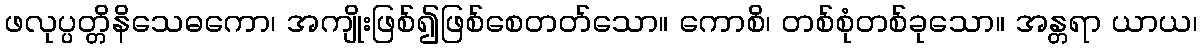
ဖလုပ္ပတ္တိနိသေဓကော၊ အကျိုးဖြစ်၍ဖြစ်စေတတ်သော။ ကောစိ၊ တစ်စုံတစ်ခုသော။ အန္တရာ ယာယ၊